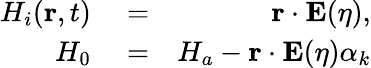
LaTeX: \begin{array}{rlr}{H_{i}(\mathbf{r},t)}&{{}=}&{\mathbf{r}\cdot\mathbf{E}(\eta),}\\ {H_{0}}&{{}=}&{H_{a}-\mathbf{r}\cdot\mathbf{E}(\eta)\alpha_{k}}\end{array}